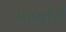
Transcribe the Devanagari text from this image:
सहवीर्यं